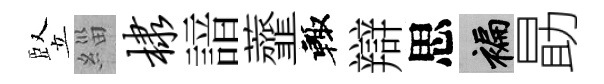
竪緇棣諳虀輙辯思褊勗